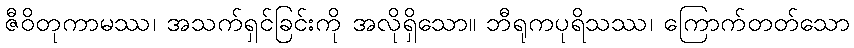
ဇီဝိတုကာမဿ၊ အသက်ရှင်ခြင်းကို အလိုရှိသော။ ဘီရုကပုရိသဿ၊ ကြောက်တတ်သော